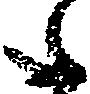
た